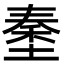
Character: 𡏑